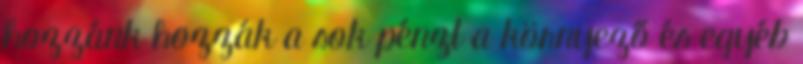
hozzánk hozzák a sok pénzt a környező és egyéb